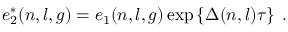
e _ { 2 } ^ { * } ( n , l , g ) = e _ { 1 } ( n , l , g ) \exp \left\{ \Delta ( n , l ) \tau \right\} \; .